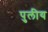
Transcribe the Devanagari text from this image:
पुलीय